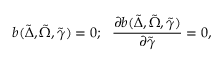
b ( \tilde { \Delta } , \tilde { \Omega } , \tilde { \gamma } ) = 0 ; \, \, \, \, \frac { \partial b ( \tilde { \Delta } , \tilde { \Omega } , \tilde { \gamma } ) } { \partial \tilde { \gamma } } = 0 ,